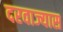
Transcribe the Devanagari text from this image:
दरवाज्यास